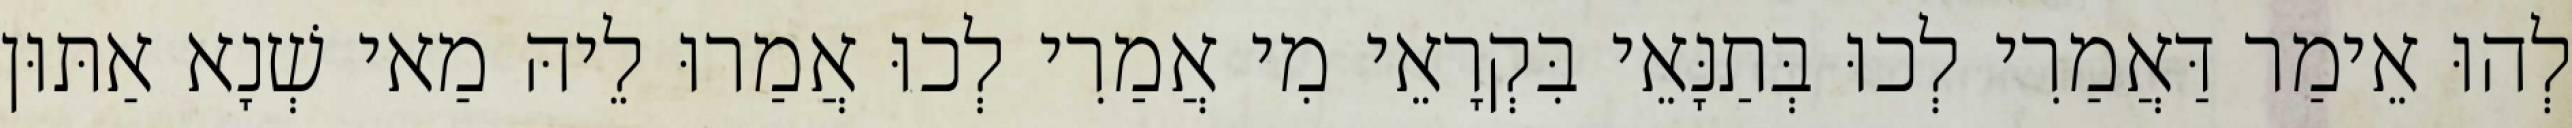
לְהוּ אֵימַר דַּאֲמַרִי לְכוּ בְּתַנָּאֵי בִּקְרָאֵי מִי אֲמַרִי לְכוּ אֲמַרוּ לֵיהּ מַאי שְׁנָא אַתּוּן